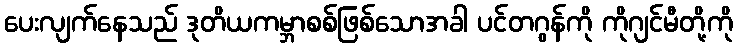
ပေးလျက်နေသည် ဒုတိယကမ္ဘာစစ်ဖြစ်သောအခါ ပင်တဂွန်ကို ကိုဂျင်မီတို့ကို